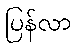
ပြန်လာ